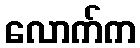
လောက်က